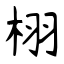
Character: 栩